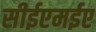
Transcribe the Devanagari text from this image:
सीईएमईए